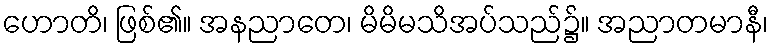
ဟောတိ၊ ဖြစ်၏။ အနညာတေ၊ မိမိမသိအပ်သည်၌။ အညာတမာနီ၊